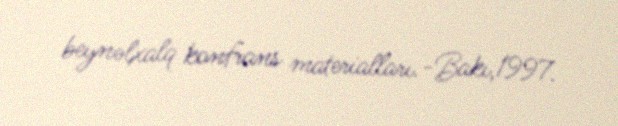
beynəlxalq konfrans materialları.-Bakı,1997.